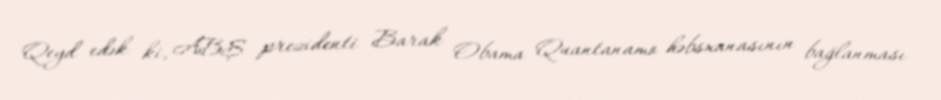
Qeyd edək ki, ABŞ prezidenti Barak Obama Quantanamo həbsxanasının bağlanması